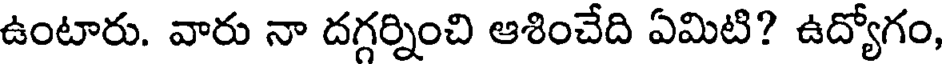
ఉంటారు. వారు నా దగ్గర్నించి ఆశించేది ఏమిటి? ఉద్యోగం,